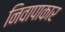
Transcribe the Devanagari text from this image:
निवापाकार